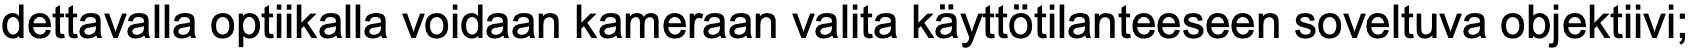
dettavalla optiikalla voidaan kameraan valita käyttötilanteeseen soveltuva objektiivi;